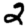
Digit: 2